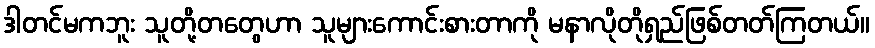
ဒါတင်မကဘူး သူတို့တတွေဟာ သူများကောင်းစားတာကို မနာလိုတိုရှည်ဖြစ်တတ်ကြတယ်။